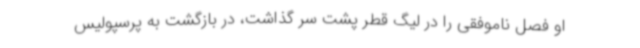
او فصل ناموفقی را در لیگ قطر پشت سر گذاشت، در بازگشت به پرسپولیس